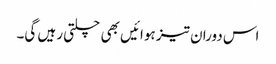
اس دوران تیز ہوائیں بھی چلتی رہیں گی۔